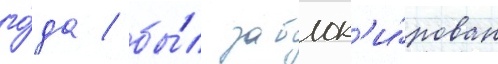
го́да / бы́л заблок'и́рован